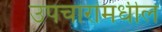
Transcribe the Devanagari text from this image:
उपचारांमधील